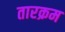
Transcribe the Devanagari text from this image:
तारक्रम